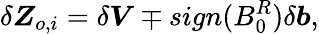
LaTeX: \delta\boldsymbol{Z}_{o,i}=\delta\boldsymbol{V}\mp sign(B_{0}^{R})\delta\boldsymbol{b},